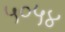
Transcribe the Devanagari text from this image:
५०५४